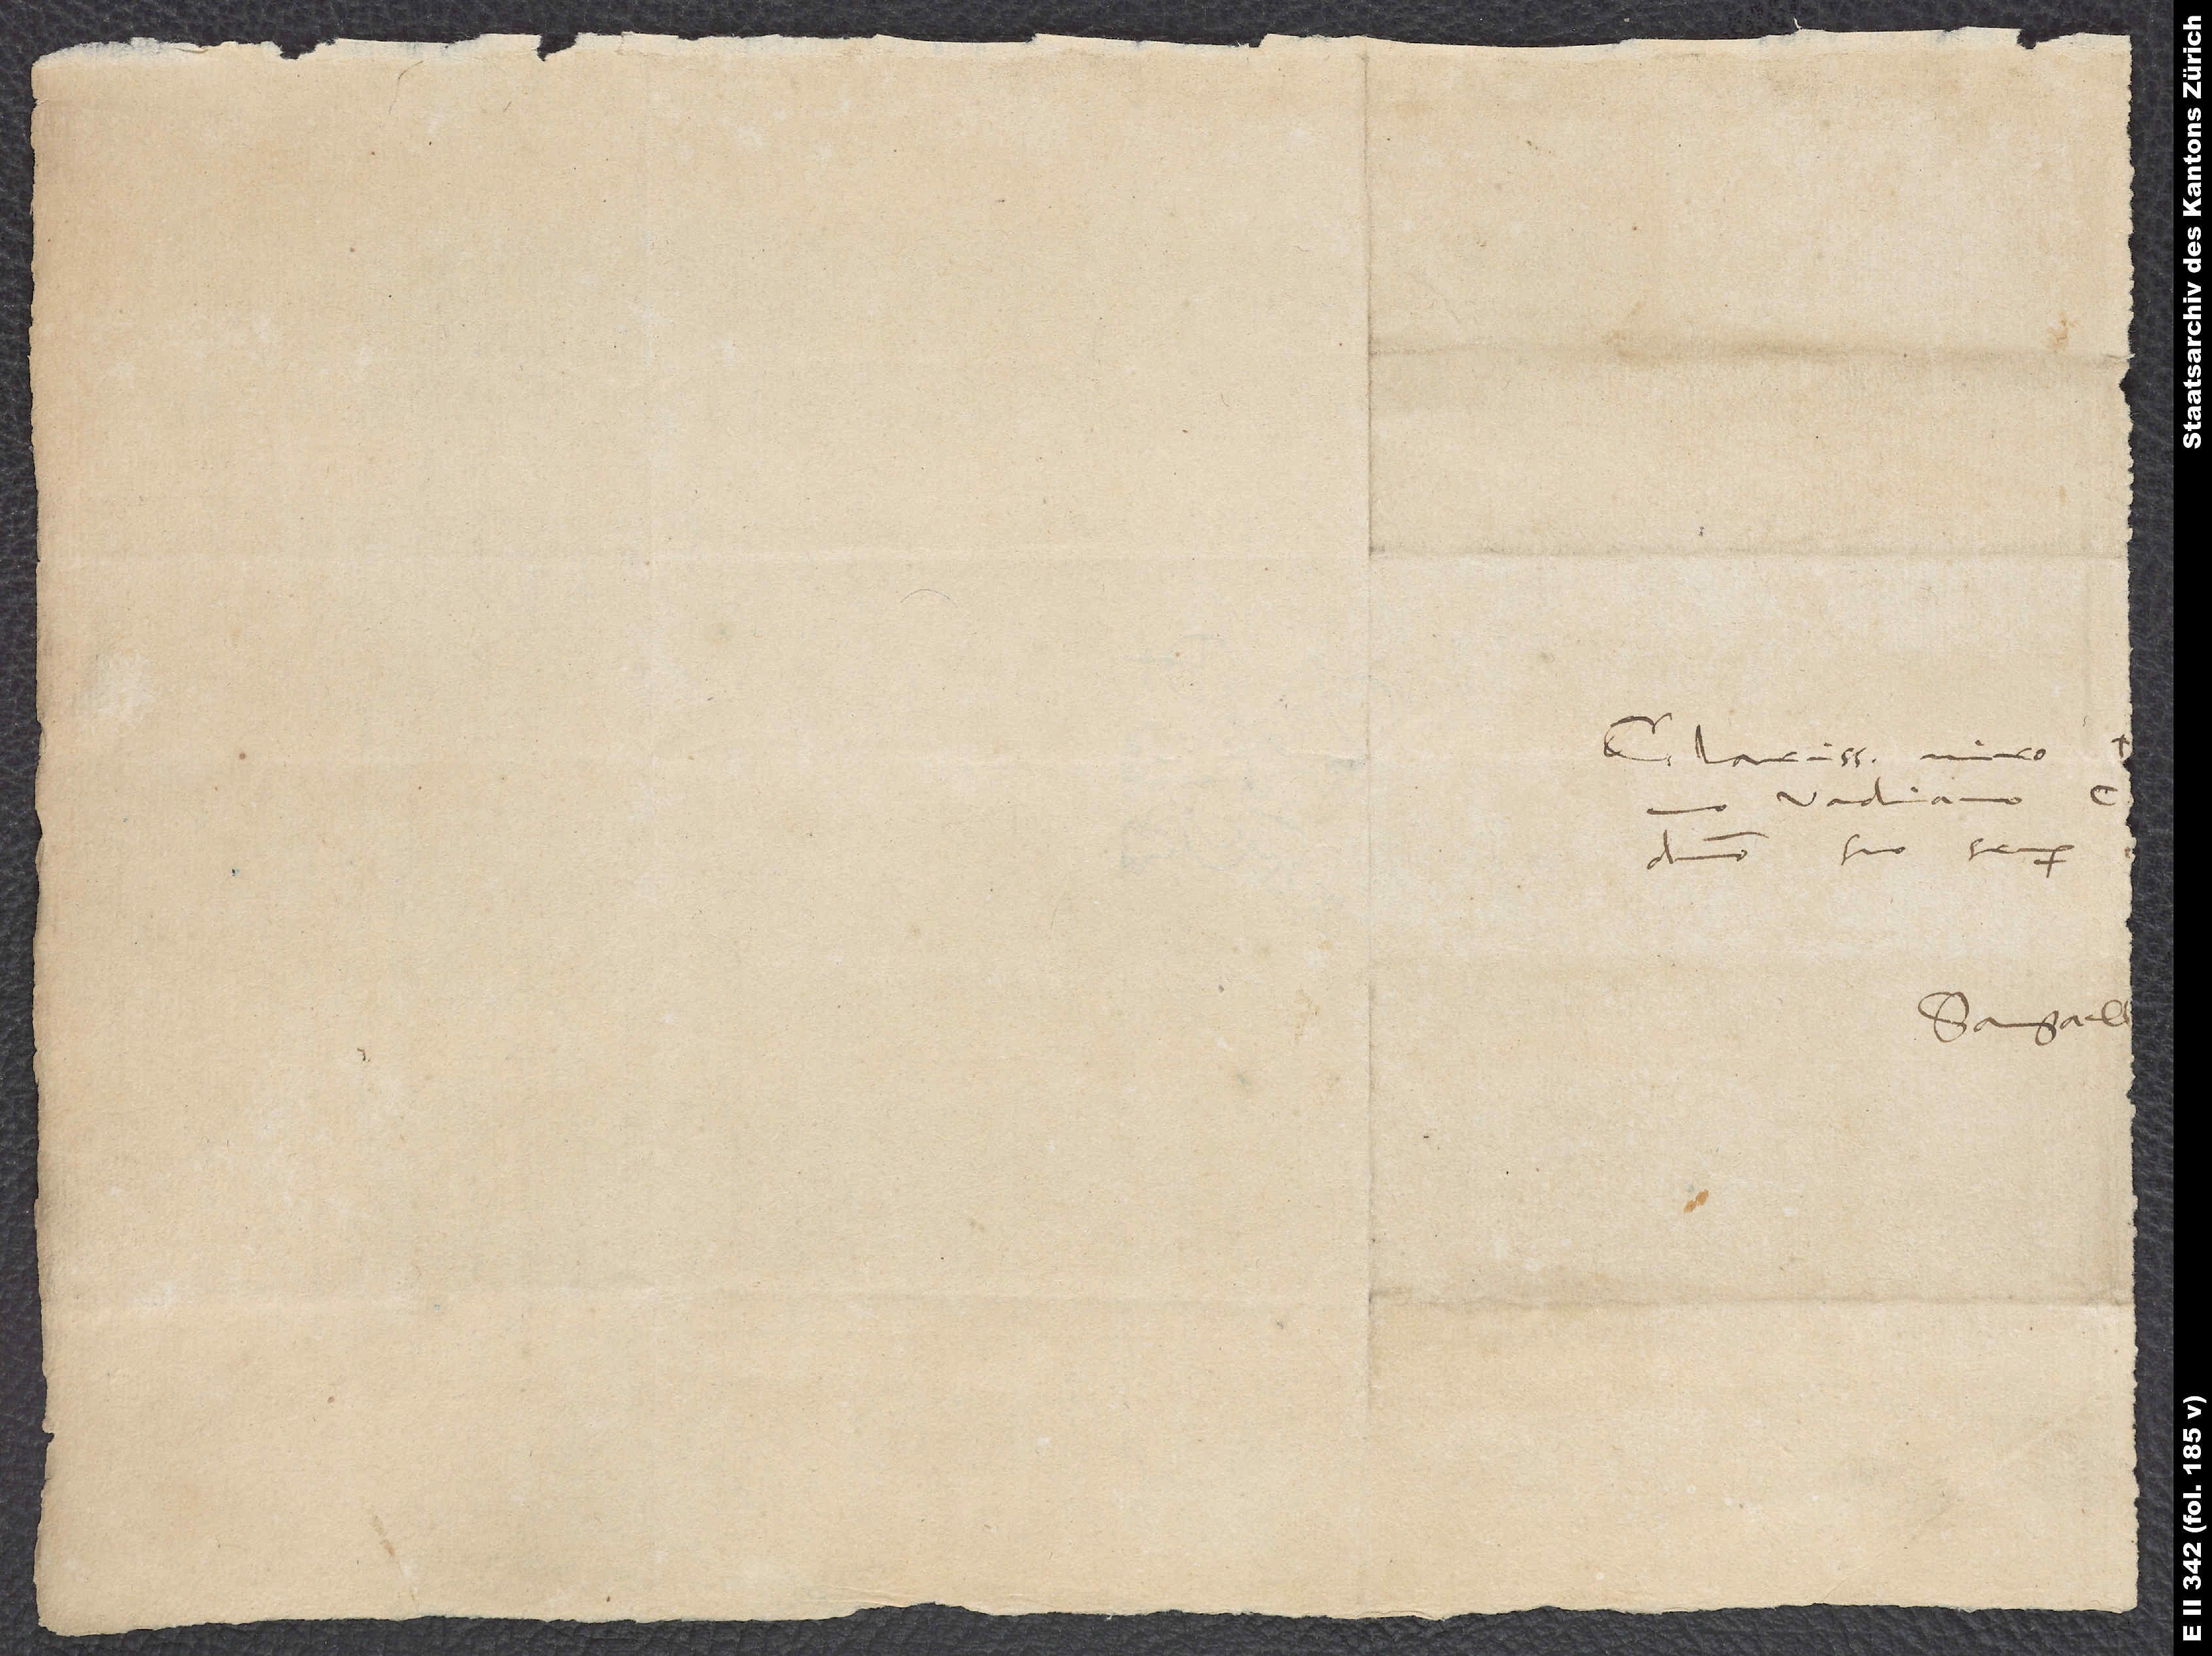
Clarissimo viro